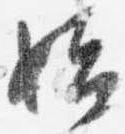
始